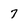
Character: 7